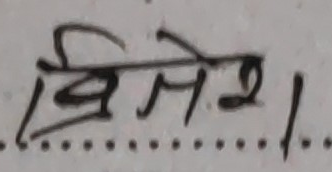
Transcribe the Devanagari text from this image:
विशेष